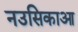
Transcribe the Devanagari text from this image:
नउसिकाआ